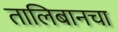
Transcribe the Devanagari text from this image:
तालिबानचा